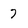
Character: 7